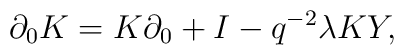
\partial_{0} K = K \partial_{0} + I - q^{-2} \lambda KY,